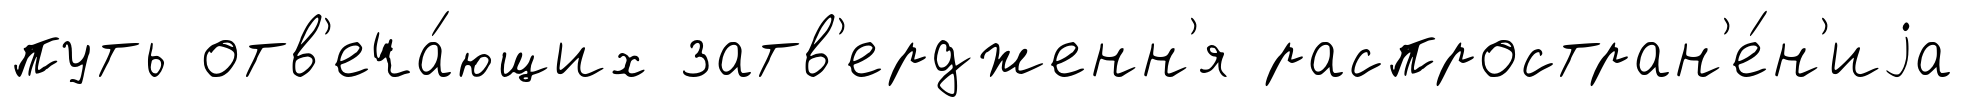
путь отв'еча́ющих затв'ердженн'я распростран'е́н'иjа